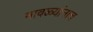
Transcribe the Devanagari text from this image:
मावळ्यांनाच